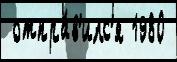
 отпра́в'илс'я 1980